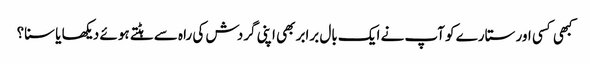
کبھی کسی اور ستارے کو آپ نے ایک بال برابر بھی اپنی گردش کی راہ سے ہٹتے ہوئے دیکھا یا سنا؟